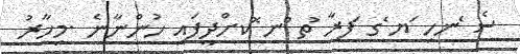
ސެ ެނހި ަޔ ެގ ަފރާ ުތ ްނ ޮކށްދީފައި ހުންނާނެ .މިހާރު